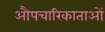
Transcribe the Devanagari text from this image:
औपचारिकाताओं